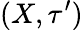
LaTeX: (X,\tau^{\prime})